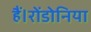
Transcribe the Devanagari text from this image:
हैं।रोंडोनिया